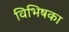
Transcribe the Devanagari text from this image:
विभिषका